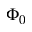
\Phi _ { 0 }